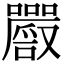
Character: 𡅔